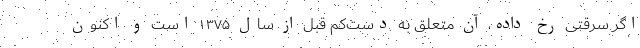
اگر سرقتی رخ داده، آن متعلق به دست‌کم قبل از سال ۱۳۷۵ است و اکنون